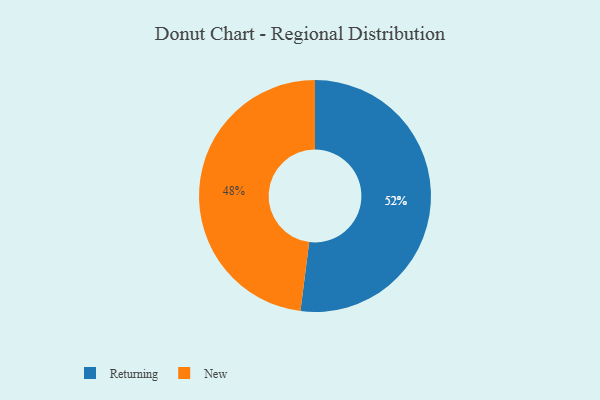
{"axis": {"x": "Category", "y": "Percentage"}, "legend": ["New", "Returning"], "data": [{"x": "Returning", "y": 52, "type": "Returning"}, {"x": "New", "y": 48, "type": "New"}]}